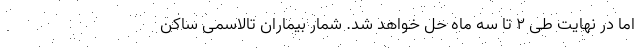
اما در نهایت طی ۲ تا سه ماه حل خواهد شد. شمار بیماران تالاسمی ساکن